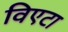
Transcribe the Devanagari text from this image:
विएटा